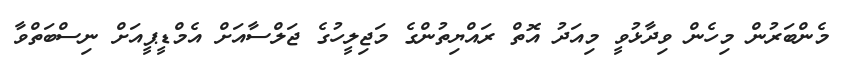
މެންބަރުން މިހެން ވިދާޅުވީ މިއަދު އޮތް ރައްޔިތުންގެ މަޖިލީހުގެ ޖަލްސާއަށް އެމްޑީޕީއަށް ނިސްބަތްވާ